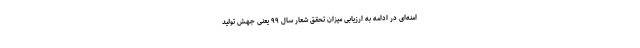
امنه‌ای در ادامه به ارزیابی میزان تحقق شعار سال ۹۹ یعنی جهش تولید